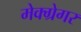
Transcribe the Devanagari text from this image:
मेक्ग्रेगर